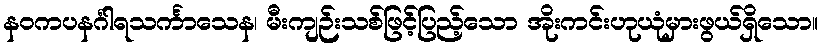
နဝကပနင်္ဂါရသင်္ကာသေန၊ မီးကျဉ်းသစ်ဖြင့်ပြည့်သော အိုးကင်းဟုယုံမှားဖွယ်ရှိသော။